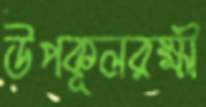
উপকূলরক্ষী